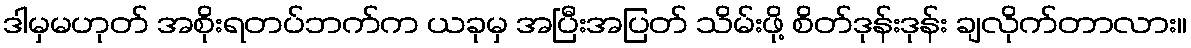
ဒါမှမဟုတ် အစိုးရတပ်ဘက်က ယခုမှ အပြီးအပြတ် သိမ်းဖို့ စိတ်ဒုန်းဒုန်း ချလိုက်တာလား။